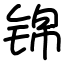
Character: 锦